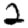
Digit: 2